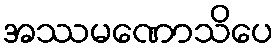
အဿမဏောသိပေ